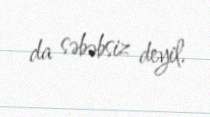
da səbəbsiz deyil.